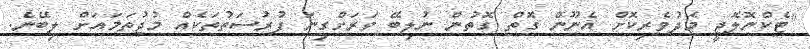
"ޓެކްނޮލޮޖީ މެދުވެރިކޮށް އެނޫން ގޮތް ގޮތުން ނުލިބޭ ވަރަށްގިނަ ފުރުސަތުތަކެއް މުޖުތަމައަށް ލިބޭނެ.